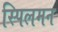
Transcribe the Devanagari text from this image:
स्पिलमन